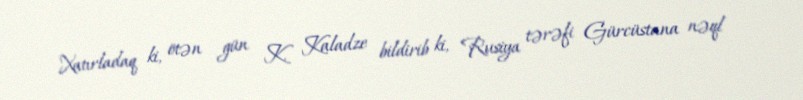
Xatırladaq ki, ötən gün K. Kaladze bildirib ki, Rusiya tərəfi Gürcüstana nəql